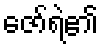
ဇော်ရဲ၏